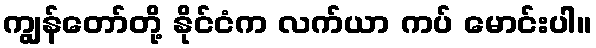
ကျွန်တော်တို့ နိုင်ငံက လက်ယာ ကပ် မောင်းပါ။